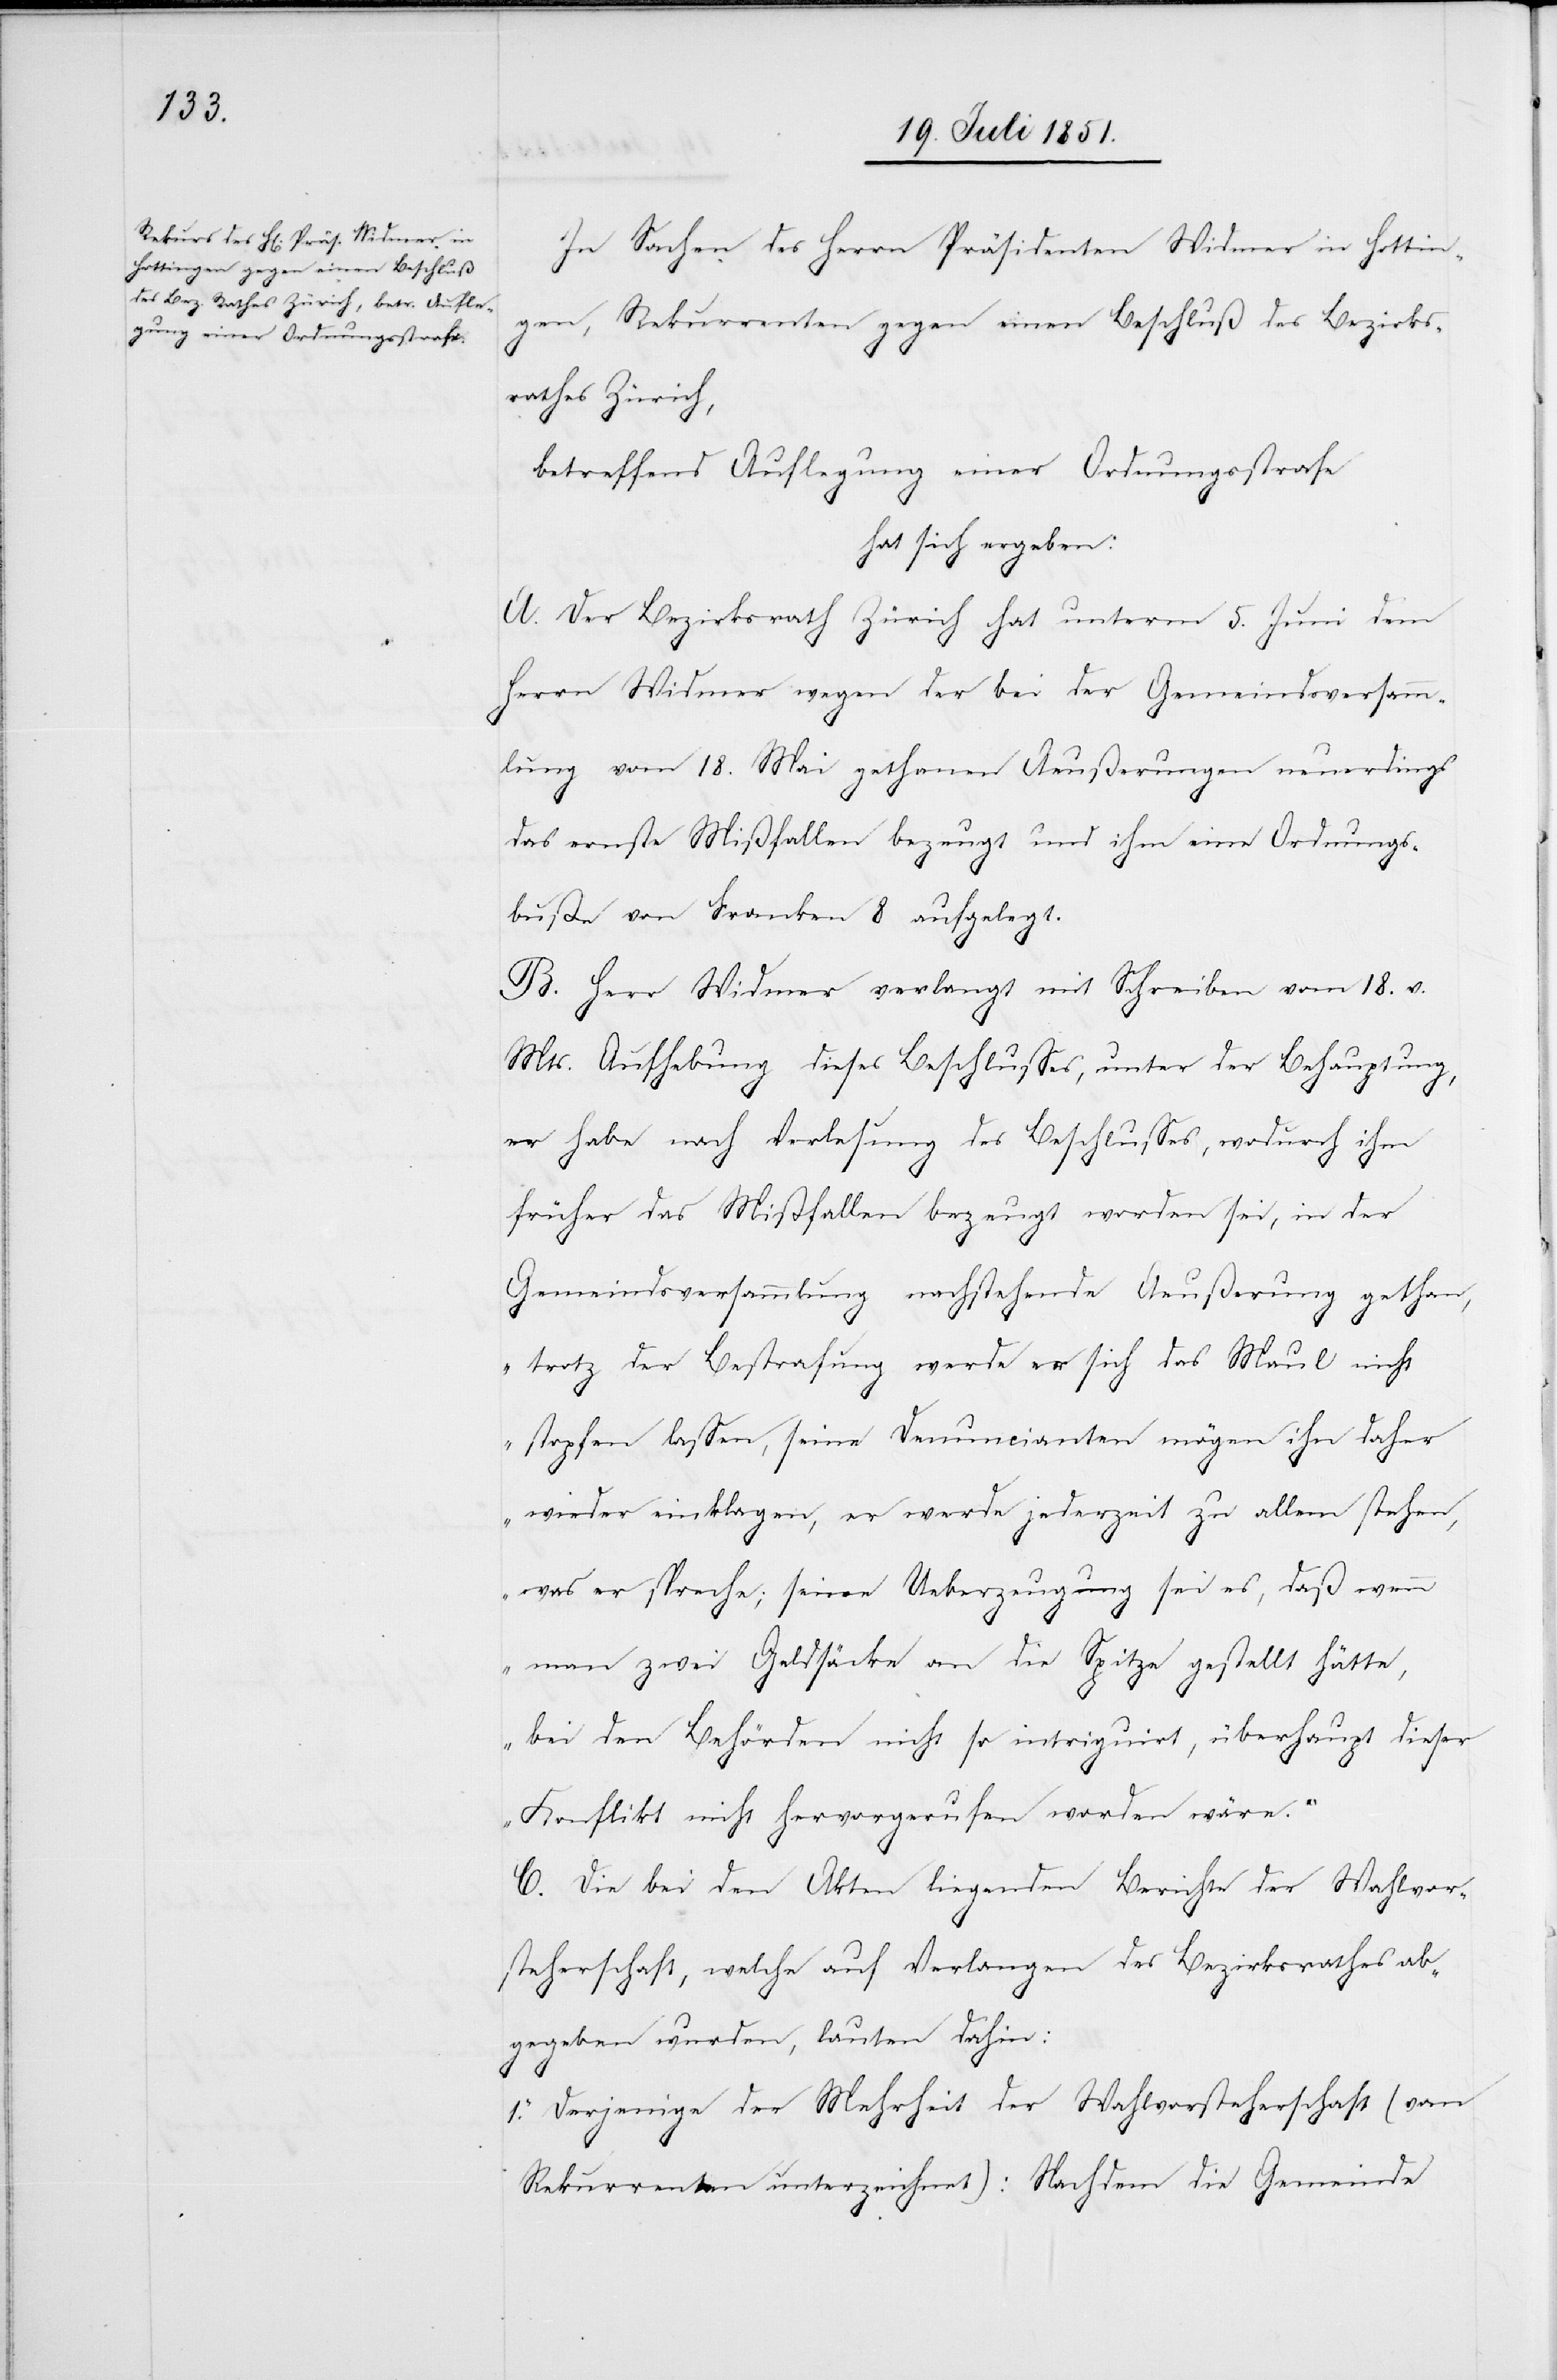
In Sachen des Herrn Präsidenten Widmer in Hottin¬
gen, Rekurrenten gegen einen Beschluß des Bezirks¬
rathes Zürich,
betreffend Auflegung einer Ordnungsstrafe
hat sich ergeben:
A. Der Bezirksrath Zürich hat unterm 5. Juni dem
Herrn Widmer wegen der bei der Gemeindsversamm¬
lung vom 18. Mai gethanen Aeußerungen neuerdings
das ernste Mißfallen bezeugt und ihm eine Ordnungs¬
buße von Franken 8 aufgelegt.
B. Herr Widmer verlangt mit Schreiben vom 18. v.
Mts. Aufhebung dieses Beschlusses, unter der Behauptung,
er habe nach Verlesung des Beschlusses, wodurch ihm
früher das Mißfallen bezeugt worden sei, in der
Gemeindsversammlung nachstehende Aeußerung gethan,
„trotz der Bestrafung werde er sich das Maul nicht
stopfen lassen, seine Denuncianten mögen ihn daher
wieder einklagen, er werde jederzeit zu allem stehen,
was er spreche; seine Ueberzeugung sei es, daß wenn
man zwei Geldsäcke an die Spitze gestellt hätte,
bei den Behörden nicht so intriguirt, überhaupt dieser
Konflikt nicht hervorgerufen worden wäre.“
C. Die bei den Akten liegenden Berichte der Wahlvor¬
steherschaft, welche auf Verlangen des Bezirksrathes ab¬
gegeben wurden, lauten dahin:
1. Derjenige der Mehrheit der Wahlvorsteherschaft (vom
Rekurrenten unterzeichnet): Nachdem die Gemeinde